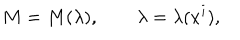
LaTeX: M = M ( \lambda ) , \qquad \lambda = \lambda ( x ^ { i } ) ,